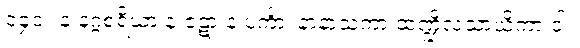
၁၄၁။ န နဂ္ဂစရိယာ န ဇဋာ န ပင်္ကာ၊ နာနာသကာ ထဏ္ဍိလသာယိကာ ဝါ။